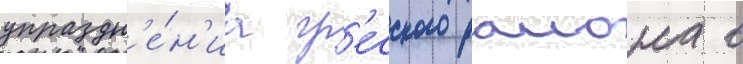
упраздн'е́н'иа гр'есского раиона в